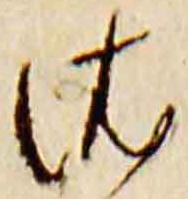
依